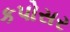
કપોસર